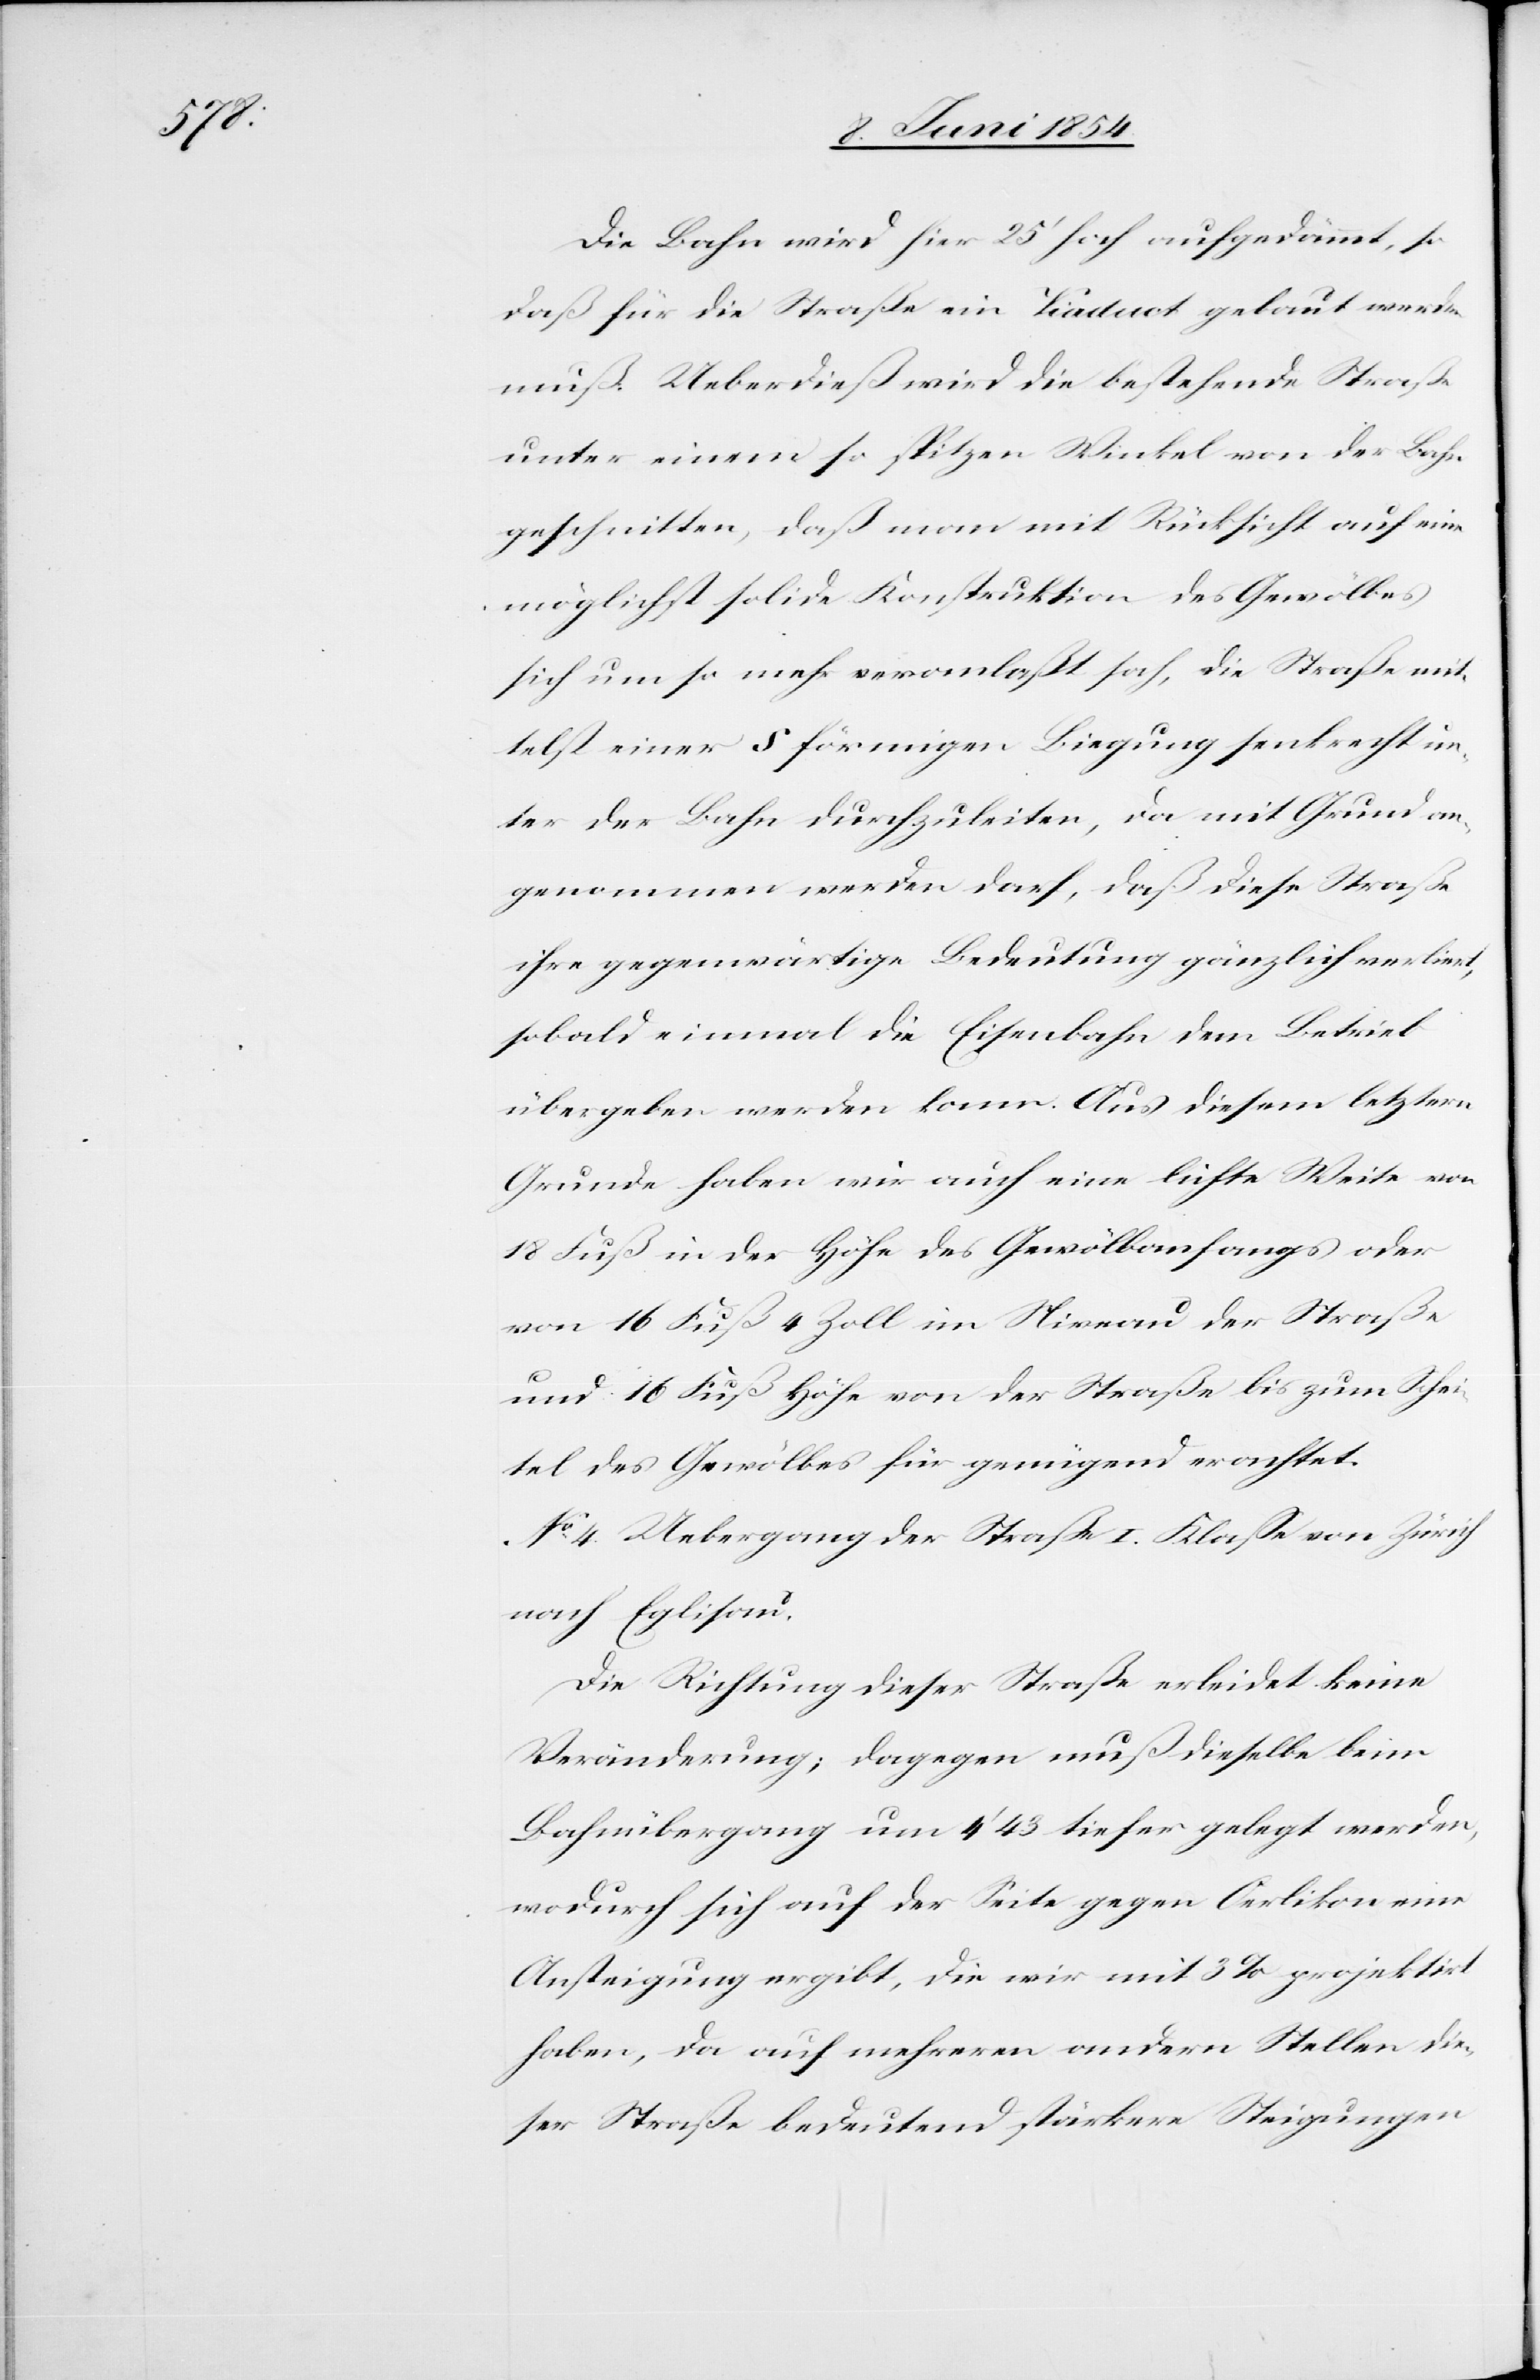
Die Bahn wird hier 25‘ hoch aufgedämmt, so
daß für die Straße ein Viaduct gebaut werden
muß. Ueberdieß wird die bestehende Straße
unter einem so spitzen Winkel von der Bahn
geschnitten, daß man mit Rücksicht auf eine
möglichst solide Konstruktion des Gewölbes
sich um so mehr veranlaßt sah, die Straße mit¬
telst einer S förmigen Biegung senkrecht un¬
ter der Bahn durchzuleiten, da mit Grund an¬
genommen werden darf, daß diese Straße
ihre gegenwärtige Bedeutung gänzlich verliert,
sobald einmal die Eisenbahn dem Betrieb
übergeben werden kann. Aus diesem letztern
Grunde haben wir auch eine lichte Weite von
18 Fuß in der Höhe des Gewölbanfangs oder
von 16 Fuß 4 Zoll im Niveau bis zum Sche¬
itel des Gewölbes für genügend erachtet.
No 4 Uebergang der Straße I. Klaße von Zürich
nach Eglisau.
Die Richtung dieser Straße erleidet keine
Veränderung; dagegen muß dieselbe beim
Bahnübergang um 4‘ 43 tiefer gelegt werden,
wodurch sich auf der Seite gegen Oerlikon eine
Ansteigung ergibt, die wir mit 3 % projektirt
haben, da auf mehreren andern Stellen die¬
ser Straße bedeutend stärkere Steigungen